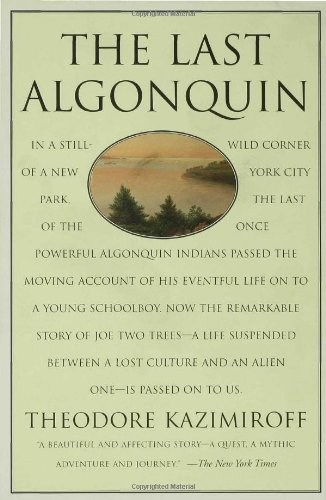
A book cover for The Last Algonquin; Theodore Kazimiroff; Biographies & Memoirs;